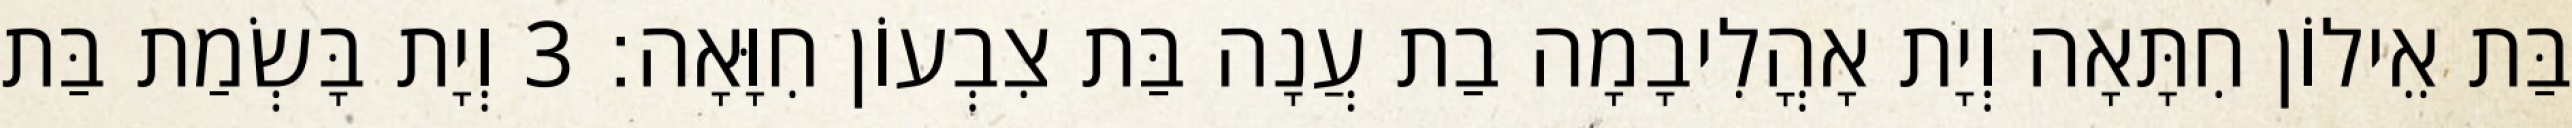
בַּת אֵילוֹן חִתָּאָה וְיָת אָהֳלִיבָמָה בַת עֲנָה בַּת צִבְעוֹן חִוָּאָה׃ 3 וְיָת בָּשְׂמַת בַּת